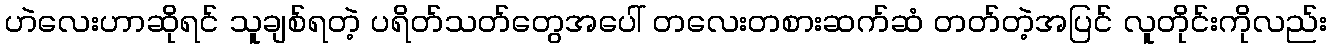
ဟဲလေးဟာဆိုရင် သူချစ်ရတဲ့ ပရိတ်သတ်တွေအပေါ် တလေးတစားဆက်ဆံ တတ်တဲ့အပြင် လူတိုင်းကိုလည်း